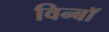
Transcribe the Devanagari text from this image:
विन्बॉ